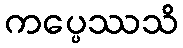
ကပ္ပေဿသိ